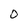
Character: O